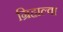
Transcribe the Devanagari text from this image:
ग्रिहाल्वा